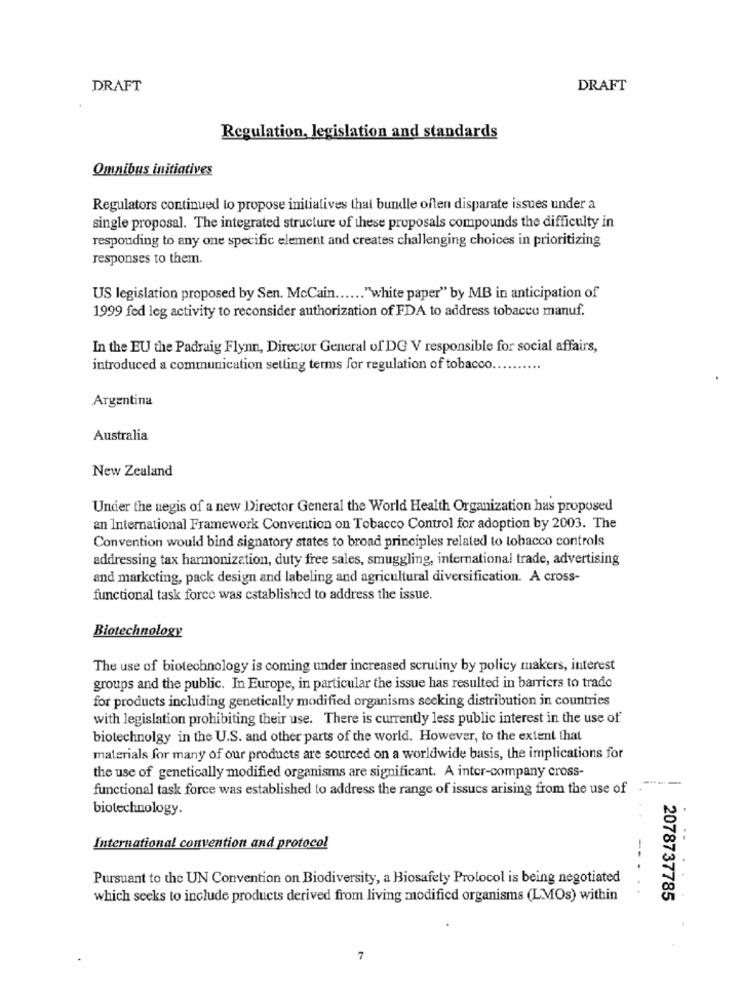
DRAFT
DRAFT
Regulation, legislation and standards
Omnibus initiatives
Regulators continued to propose initiatives that bundle often disparate issues under a
single proposal. The integrated structure of these proposals compounds the difficulty in
responding to any one specific element and creates challenging choices in prioritizing
responses to them.
US legislation proposed by Sen. McCain ...... "white paper" by MB in anticipation of
1999 fed leg activity to reconsider authorization of FDA to address tobacco manuf.
In the EU the Padraig Flynn, Director General of DG V responsible for social affairs,
introduced a communication setting terms for regulation of tobacco.
Argentina
Australia
New Zealand
Under the aegis of a new Director General the World Health Organization has proposed
an International Framework Convention on Tobacco Control for adoption by 2003. The
Convention would bind signatory states to broad principles related to tobacco controls
addressing tax harmonization, duty free sales, smuggling, international trade, advertising
and marketing, pack design and labeling and agricultural diversification. A cross-
functional task force was established to address the issue.
Biotechnology
The use of biotechnology is coming under increased scrutiny by policy makers, interest
groups and the public. In Europe, in particular the issue has resulted in barriers to trade
for products including genetically modified organisms seeking distribution in countries
with legislation prohibiting their use. There is currently less public interest in the use of
biotechnolgy in the U.S. and other parts of the world. However, to the extent that
materials for many of our products are sourced on a worldwide basis, the implications for
the use of genetically modified organisms are significant. A inter-company cross-
functional task force was established to address the range of issues arising from the use of
---
biotechnology.
International convention and protocol
Pursuant to the UN Convention on Biodiversity, a Biosafety Protocol is being negotiated
which seeks to include products derived from living modified organisms (LMOs) within
2078737785
7